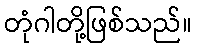
တုံဂါတို့ဖြစ်သည်။